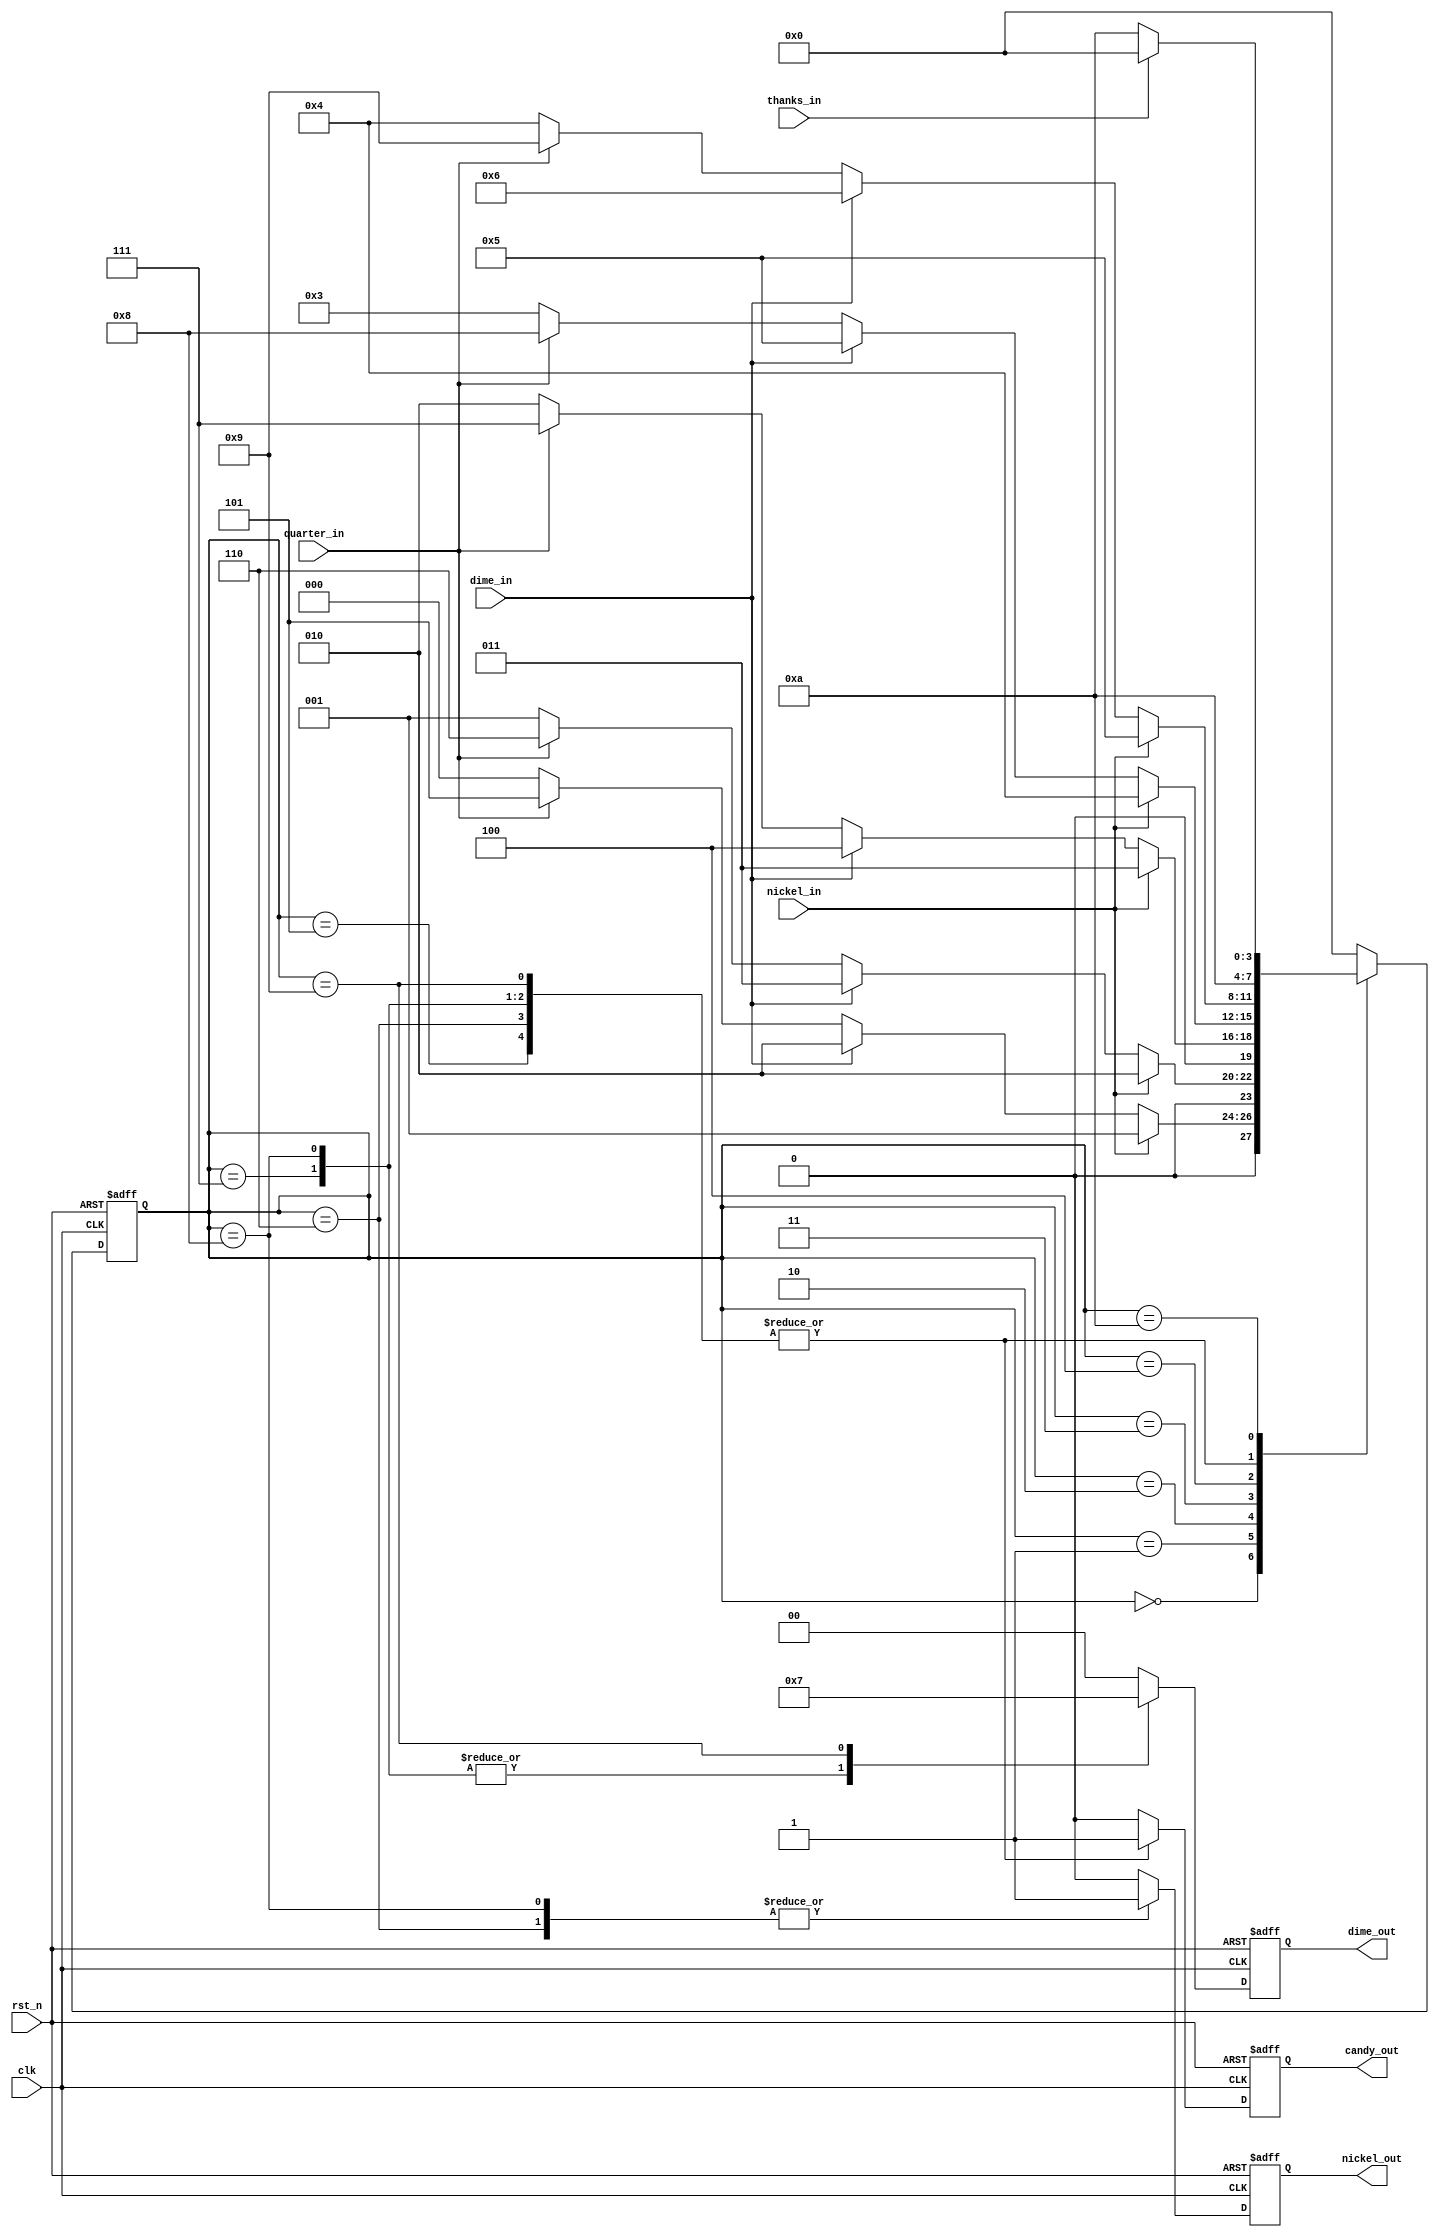
`timescale 1ns / 1ps
//////////////////////////////////////////////////////////////////////////////////
// Company: 
// Engineer: 
// 
// Design Name: 
// Module Name: vending_machine
// Project Name: 
// Target Devices: 
// Tool Versions: 
// Description: 
// 
// Dependencies: 
// 
// Revision:
// Revision 0.01 - File Created
// Additional Comments:
// 
//////////////////////////////////////////////////////////////////////////////////


module vending_machine(
    input clk,
    input rst_n,
    input nickel_in,
    input dime_in,
    input quarter_in,
    input thanks_in,
    output reg candy_out,
    output reg nickel_out,
    output reg [1:0] dime_out
    );
    
// Declaration Part
parameter [3:0] st0 = 4'd0;
parameter [3:0] st5 = 4'd1;
parameter [3:0] st10 = 4'd2;
parameter [3:0] st15 = 4'd3;
parameter [3:0] st20 = 4'd4;
parameter [3:0] st25 = 4'd5;
parameter [3:0] st30 = 4'd6;
parameter [3:0] st35 = 4'd7;
parameter [3:0] st40 = 4'd8;
parameter [3:0] st45 = 4'd9;
parameter [3:0] swait = 4'd10;

reg [3:0] s = st0, s_next;
reg candy_out_local, nickel_out_local;
reg [1:0] dime_out_local;

// Combinational Part
always @*
begin
    
    case(s)
    
    st0:
    begin
        candy_out_local = 0;
        nickel_out_local = 0;
        dime_out_local = 2'b00;
        
        if(nickel_in)
            s_next = st5;
        else if(dime_in)
            s_next = st10;
        else if(quarter_in)
            s_next = st25;
        else
            s_next = st0;
    end
    
    st5:
    begin
        candy_out_local = 0;
        nickel_out_local = 0;
        dime_out_local = 2'b00;
        
        if(nickel_in)
            s_next = st10;
        else if(dime_in)
            s_next = st15;
        else if(quarter_in)
            s_next = st30;
        else
            s_next = st5;
    end
    
    st10:
    begin
        candy_out_local = 0;
        nickel_out_local = 0;
        dime_out_local = 2'b00;
        
        if(nickel_in)
            s_next = st15;
        else if(dime_in)
            s_next = st20;
        else if(quarter_in)
            s_next = st35;
        else
            s_next = st10;
    end
    
    st15:
    begin
        candy_out_local = 0;
        nickel_out_local = 0;
        dime_out_local = 2'b00;
        
        if(nickel_in)
            s_next = st20;
        else if(dime_in)
            s_next = st25;
        else if(quarter_in)
            s_next = st40;
        else
            s_next = st15;
    end
    
    st20:
    begin
        candy_out_local = 0;
        nickel_out_local = 0;
        dime_out_local = 2'b00;
        
        if(nickel_in)
            s_next = st25;
        else if(dime_in)
            s_next = st30;
        else if(quarter_in)
            s_next = st45;
        else
            s_next = st20;
    end
    
    st25:
    begin
        candy_out_local = 1;
        nickel_out_local = 0;
        dime_out_local = 2'b00;
        s_next = swait;
    end
    
    st30:
    begin
        candy_out_local = 1;
        nickel_out_local = 1;
        dime_out_local = 2'b00;
        s_next = swait;
    end
    
    st35:
    begin
        candy_out_local = 1;
        nickel_out_local = 0;
        dime_out_local = 2'b01;
        s_next = swait;
    end
    
    st40:
    begin
        candy_out_local = 1;
        nickel_out_local = 1;
        dime_out_local = 2'b01;
        s_next = swait;
    end
    
    st45:
    begin
        candy_out_local = 1;
        nickel_out_local = 0;
        dime_out_local = 2'b11;
        s_next = swait;
    end
    
    swait:
    begin   
        candy_out_local = 0;
        nickel_out_local = 0;
        dime_out_local = 2'b00;
           
        if(thanks_in == 1)
            s_next = st0;
        else
            s_next = swait;
    end

    default:
    begin
        candy_out_local = 0;
        nickel_out_local = 0;
        dime_out_local = 2'b00;
        s_next = st0;
    end
    
    endcase
end    
    
// Sequential Part
always @(posedge clk or negedge rst_n)
begin
    if(!rst_n)
    begin
        s <= st0;
        candy_out <= 0;
        nickel_out <= 0;
        dime_out <= 2'b00;
    end
    else
    begin
        s <= s_next;
        candy_out <= candy_out_local;
        nickel_out <= nickel_out_local;
        dime_out <= dime_out_local;
    end
end

endmodule